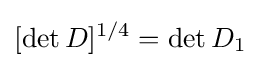
[\det D]^{1/4}=\det D_{1}